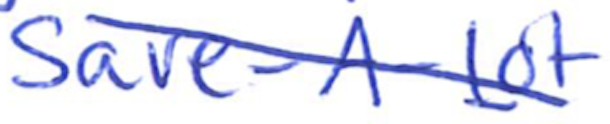
Text: Save-A-Lot
Cross-out: diagonal
Writing tool: ballpoint